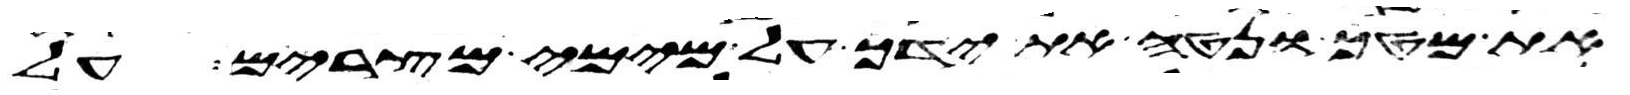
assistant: את מטך ונטה את ידך על מימי מצרים על